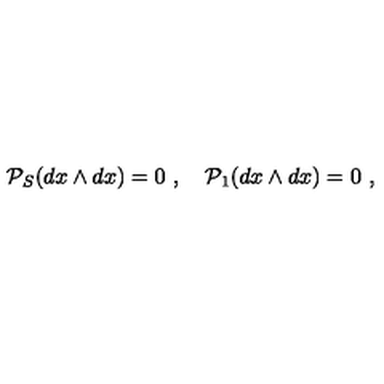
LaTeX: { \cal P } _ { S } ( d x \wedge d x ) = 0 \ , \quad { \cal P } _ { 1 } ( d x \wedge d x ) = 0 \ ,